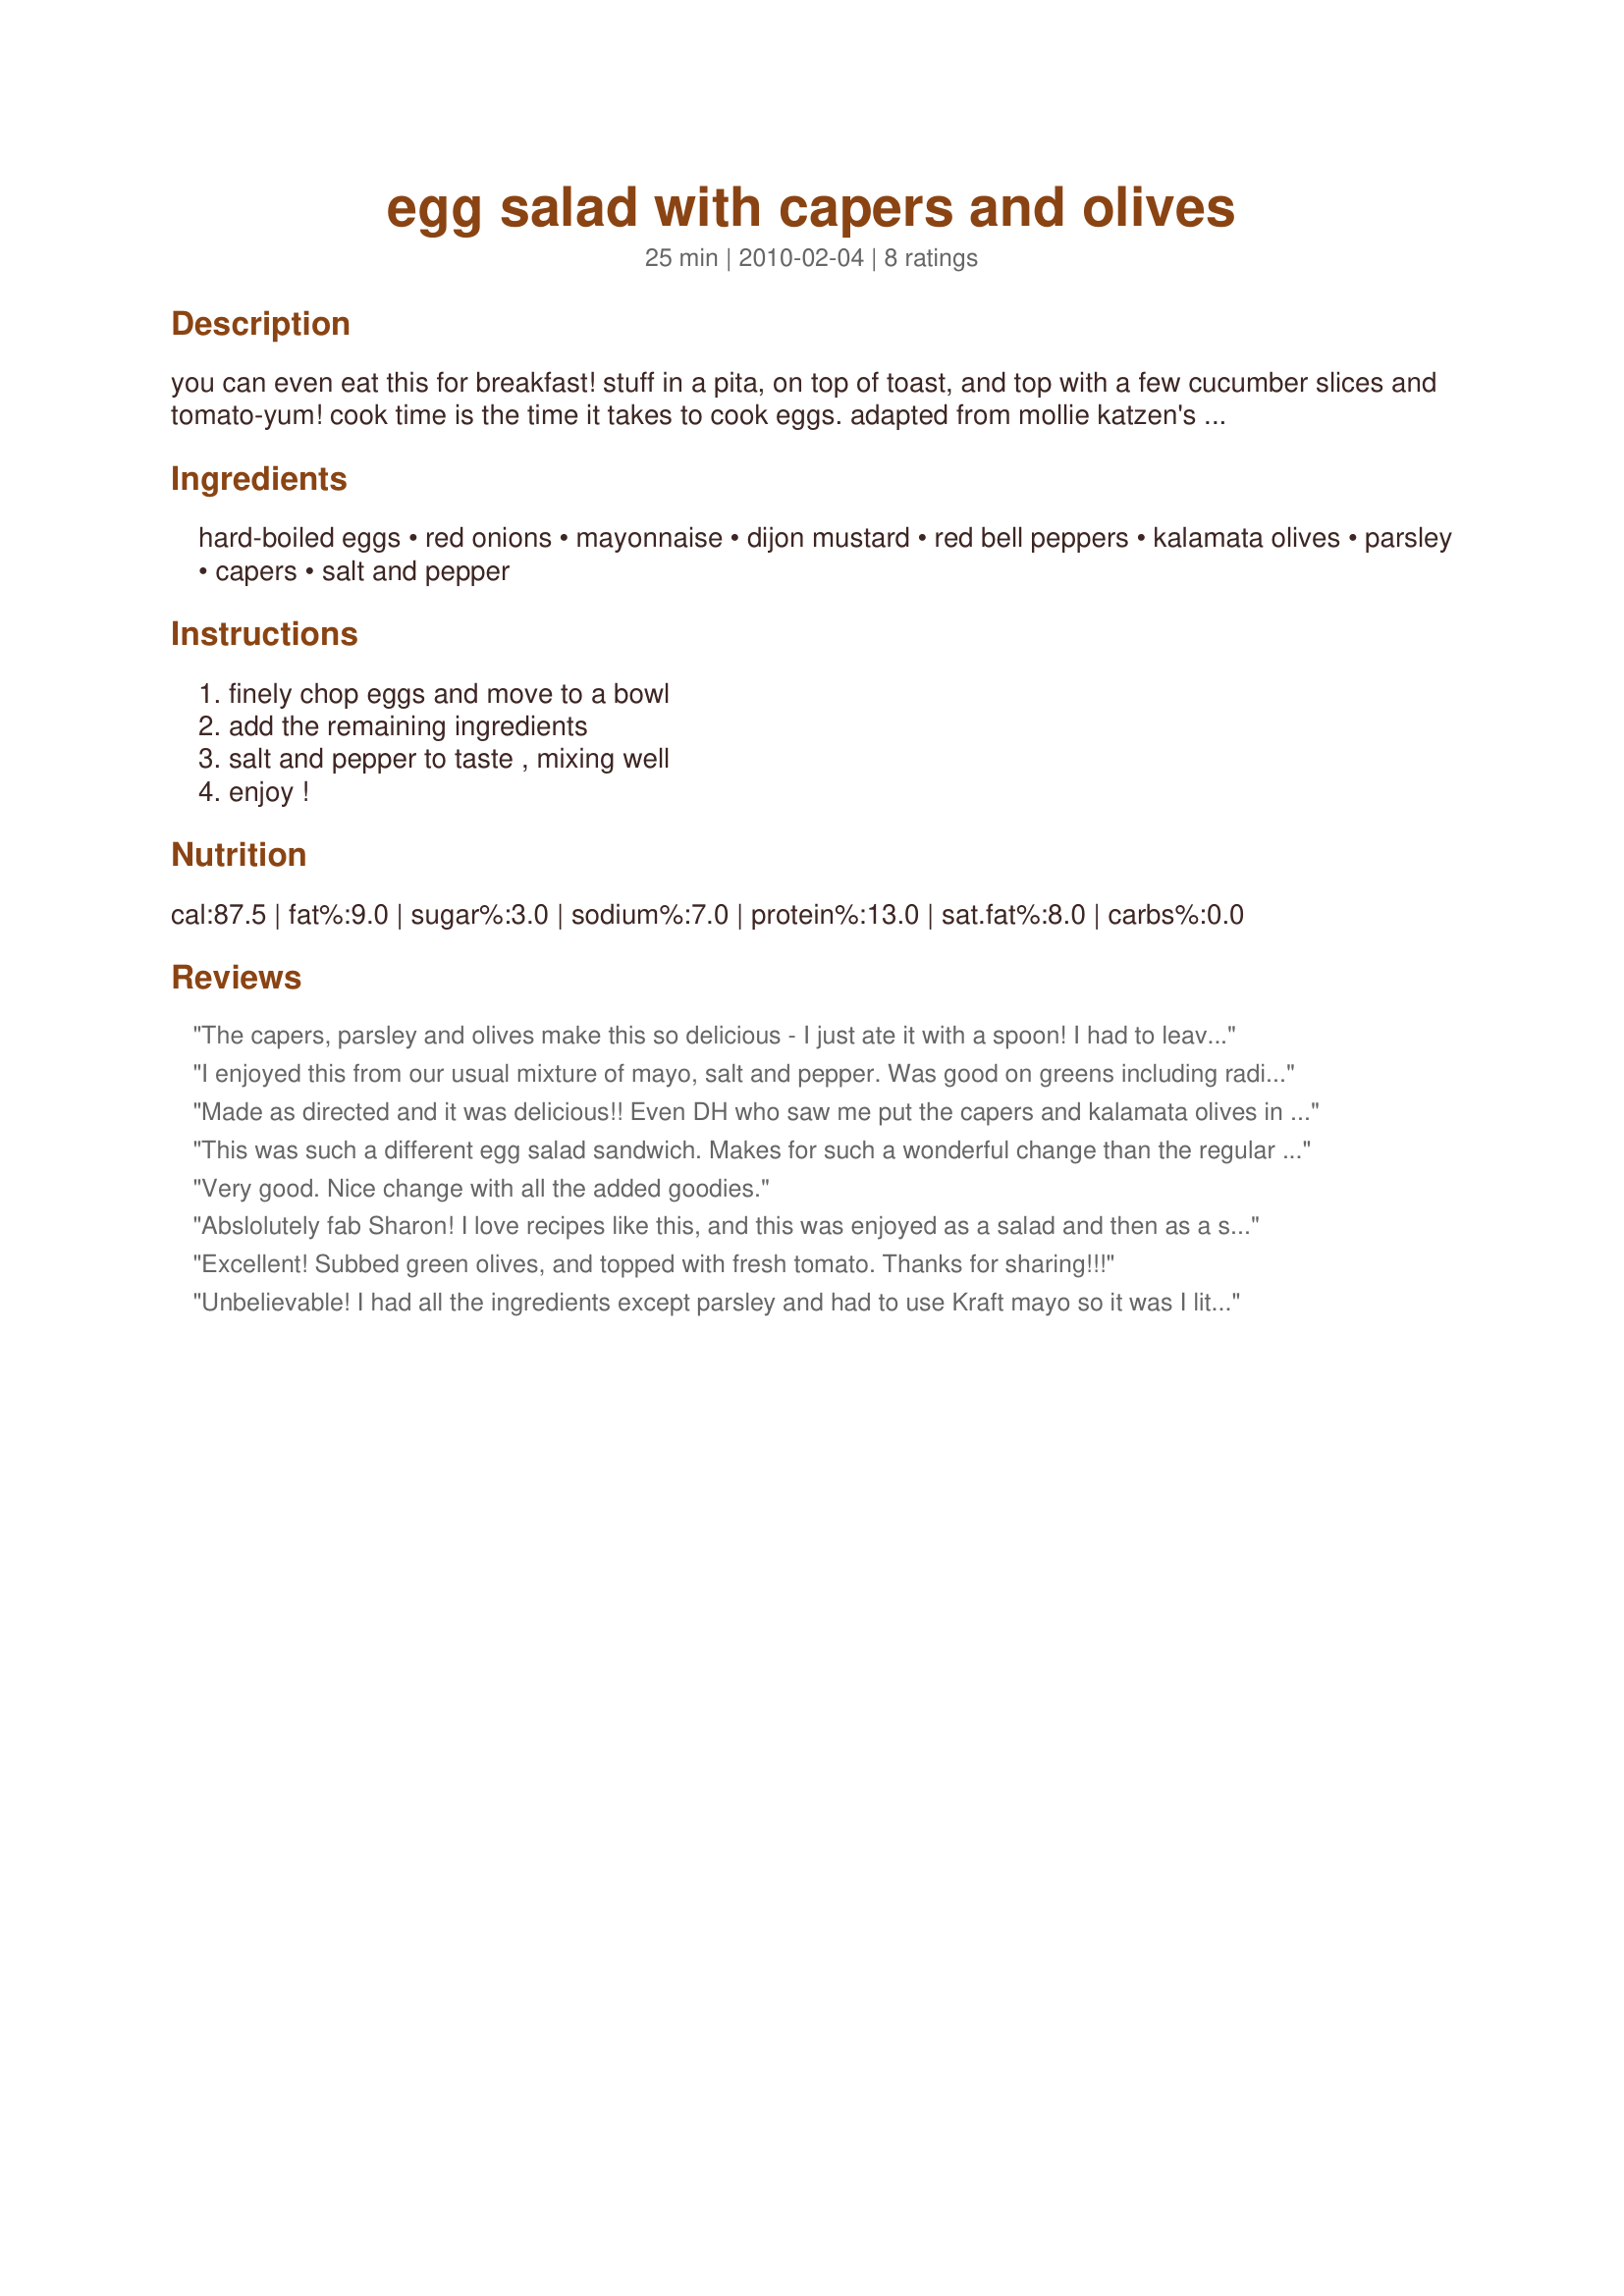
egg salad with capers and olives
Preparation time: 25 minutes

you can even eat this for breakfast! stuff in a pita, on top of toast, and top with a few cucumber slices and tomato-yum! cook time is the time it takes to cook eggs.
adapted from mollie katzen's sunlight cafe cookbook.

Ingredients:
hard-boiled eggs, red onions, mayonnaise, dijon mustard, red bell peppers, kalamata olives, parsley, capers, salt and pepper

Steps:
finely chop eggs and move to a bowl, add the remaining ingredients, salt and pepper to taste , mixing well, enjoy !

Reviews:
The capers, parsley and olives make this so delicious - I just ate it with a spoon! I had to leave the red peppers out, but they would have gone well. It was nice and thick. Made in memory of Sharon, who was not only a friend, but a formidable poster of wonderful recipes.
I enjoyed this from our usual mixture of mayo, salt and pepper. Was good on greens including radishes and cucumbers and the next day as sandwiches. Reviewed for Veg Tag/Swap July.
Made as directed and it was delicious!! Even DH who saw me put the capers and kalamata olives in and was skeptical really enjoyed it. One I definately will put in my Favorites of 2010. Thank you. Made for New Kids on the Block Tag Game. P.S. I served this as a sandwich on a Good Seed loaf of bread.
This was such a different egg salad sandwich. Makes for such a wonderful change than the regular one. Capers add such a fantastic taste to these sandwiches. I made the recipe as written but probably added a few extra capers...I just so love them. I made these using Multigrain Ultra Thins and they are great because you get to taste the stuff inside and not just bread taste. And so much lighter tasting too. I did downsize the recipe since we were only two. Had this with Recipe #361513 and it was great together. Another great recipe Sharon and thanks for sharing. Made in memory of Sharon's DH
Very good. Nice change with all the added goodies.
Abslolutely fab Sharon! I love recipes like this, and this was enjoyed as a salad and then as a sandwich filling! The only thing I had to sub was the Kalamata olives, as I only had French green ones, but the salad was still amzazingly full of flavour. I LOVED the capers, I am a real capers fan! Made for you, our VIP chef in the Veg'N'Swap tag game in the Veggie forum and VERY much enjoyed darlink! FT:-)
Excellent! Subbed green olives, and topped with fresh tomato. Thanks for sharing!!!
Unbelievable! I had all the ingredients except parsley and had to use Kraft mayo so it was I little runny but still amazing. I can't wait to make it for DH when I get some Hellmans or Dukes. I never would have thought of kalamatas in egg salad! I also subbed vadalia onion for red and it was perfect, thanks!
